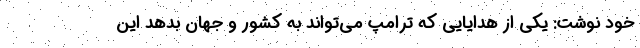
خود نوشت: یکی از هدایایی که ترامپ می‌تواند به کشور و جهان بدهد این